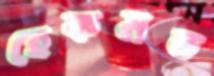
হেকমত